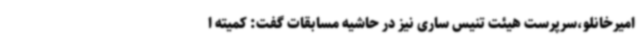
امیرخانلو،سرپرست هیئت تنیس ساری نیز در حاشیه مسابقات گفت: کمیته ا